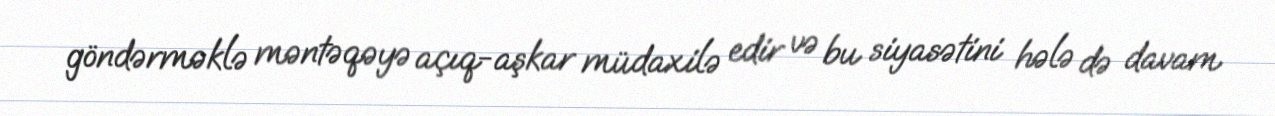
göndərməklə məntəqəyə açıq-aşkar müdaxilə edir və bu siyasətini hələ də davam